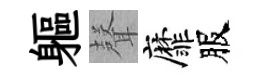
軀𮋻靡服